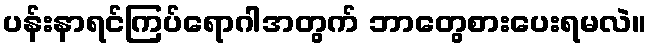
ပန်းနာရင်ကြပ်ရောဂါအတွက် ဘာတွေစားပေးရမလဲ။